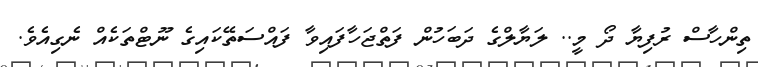
ތިންހާސް ރުފިޔާ ދޯ މީ.. ލަޔާލްގެ ދަބަހުން ފަތްޖަހާފައިވާ ފައްސަތޭކައިގެ ނޫޓްތަކެއް ނެގިއެވެ.